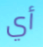
أي